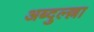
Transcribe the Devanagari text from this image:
अब्दुल्ल्ला